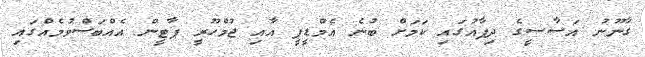
ގާނޫނު އަސާސީގެ ދިފާއުގައި ކަމަށް ބުނެ އެމްޑީޕީ އާއި ޖުމްހޫރީ ޕާޓީން އެއްބަސްވުމެއްގައި